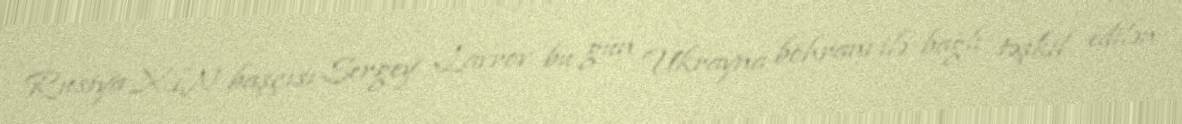
Rusiya XİN başçısı Sergey Lavrov bu gün Ukrayna böhranı ilə bağlı təşkil edilən